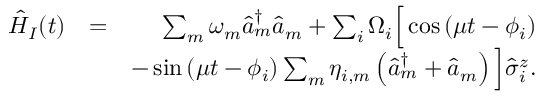
\begin{array} { r l r } { \hat { H } _ { I } ( t ) } & { = } & { \sum _ { m } \omega _ { m } \hat { a } _ { m } ^ { \dag } \hat { a } _ { m } + \sum _ { i } \Omega _ { i } \Big [ \cos \left( \mu t - \phi _ { i } \right) } \\ & { } & { - \sin \left( \mu t - \phi _ { i } \right) \sum _ { m } \eta _ { i , m } \left( \hat { a } _ { m } ^ { \dag } + \hat { a } _ { m } \right) \Big ] \hat { \sigma } _ { i } ^ { z } . } \end{array}